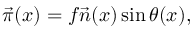
{ \vec { \pi } } ( x ) = f \vec { n } ( x ) \sin \theta ( x ) ,